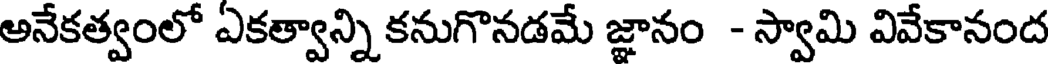
అనేకత్వంలో ఏకత్వాన్ని కనుగొనడమే జ్ఞానం - స్వామి వివేకానంద